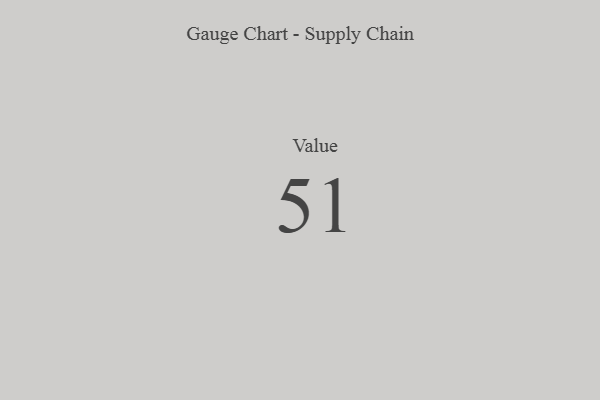
{"axis": {"x": "Metric", "y": "Value"}, "legend": [""], "data": [{"x": "Value", "y": 51, "type": ""}]}